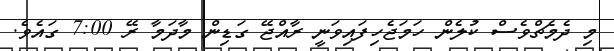
މި ދެމެޗްވެސް ކުލެން ހަމަޖެހިފައިވަނީ ރާއްޖޭ ގަޑިން މާދަމާ ރޭ 7:00 ގައެވެ.